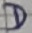
Text: D